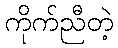
ကိုက်ညီတဲ့